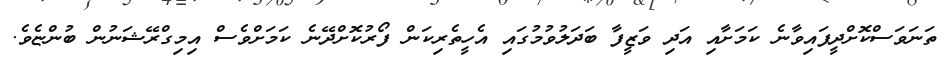
ތަނަވަސްކޮށްދީފައިވާނެ ކަމަށާއި އަދި ވަޒީފާ ބަދަލުވުމުގައި އެހީތެރިކަން ފޯރުކޮށްދޭނެ ކަމަށްވެސް އިމިގްރޭޝަނުން ބުންޏެވެ.